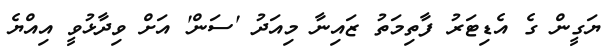
ޔަގީން ގެ އެޑިޓަރު ފާތިމަތު ޒައިނާ މިއަދު 'ސަން' އަށް ވިދާޅުވީ އިއްޔެ